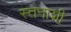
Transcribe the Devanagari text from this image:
स्तनाशी